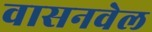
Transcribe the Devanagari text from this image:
वासनवेल